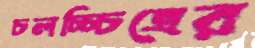
চলচ্চ্চিত্রের